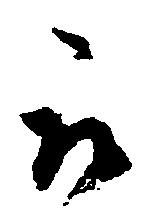
被